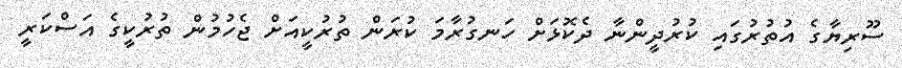
ސޫރިޔާގެ އުތުރުގައި ކުރުދީންނާ ދެކޮޅަށް ހަނގުރާމަ ކުރަން ތުރުކީއަށް ޖެހުމުން ތުރުކީގެ އަސްކަރީ